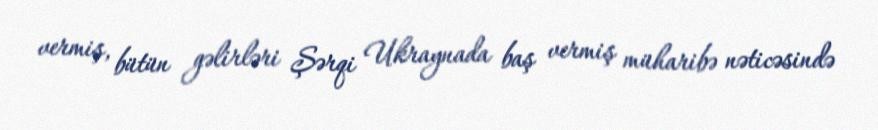
vermiş, bütün gəlirləri Şərqi Ukraynada baş vermiş müharibə nəticəsində